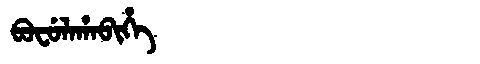
Manchu: ᠪᠣᠸᡠᠯᠠᡥᠠᠪᡳᡥᡝ
Romanization: BOFULAHABIHE